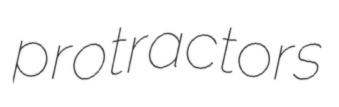
protractors